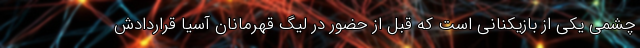
چشمی یکی از بازیکنانی است که قبل از حضور در لیگ قهرمانان آسیا قراردادش